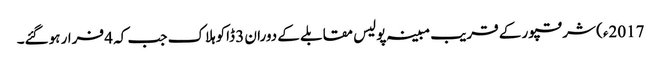
2017ء) شرقپور کے قریب مبینہ پولیس مقابلے کے دوران 3 ڈاکوہلاک جب کہ 4 فرار ہوگئے۔